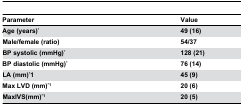
| Parameter | Value |
 | --- | --- |
 | Age (years)* | 49 (16) |
 | Male/female (ratio) | 54/37 |
 | BP systolic (mmHg)* | 128 (21) |
 | BP diastolic (mmHg)* | 76 (14) |
 | LA (mm)*1 | 45 (9) |
 | Max LVD (mm)*1 | 20 (6) |
 | MaxIVS(mm)*1 | 20 (5) |